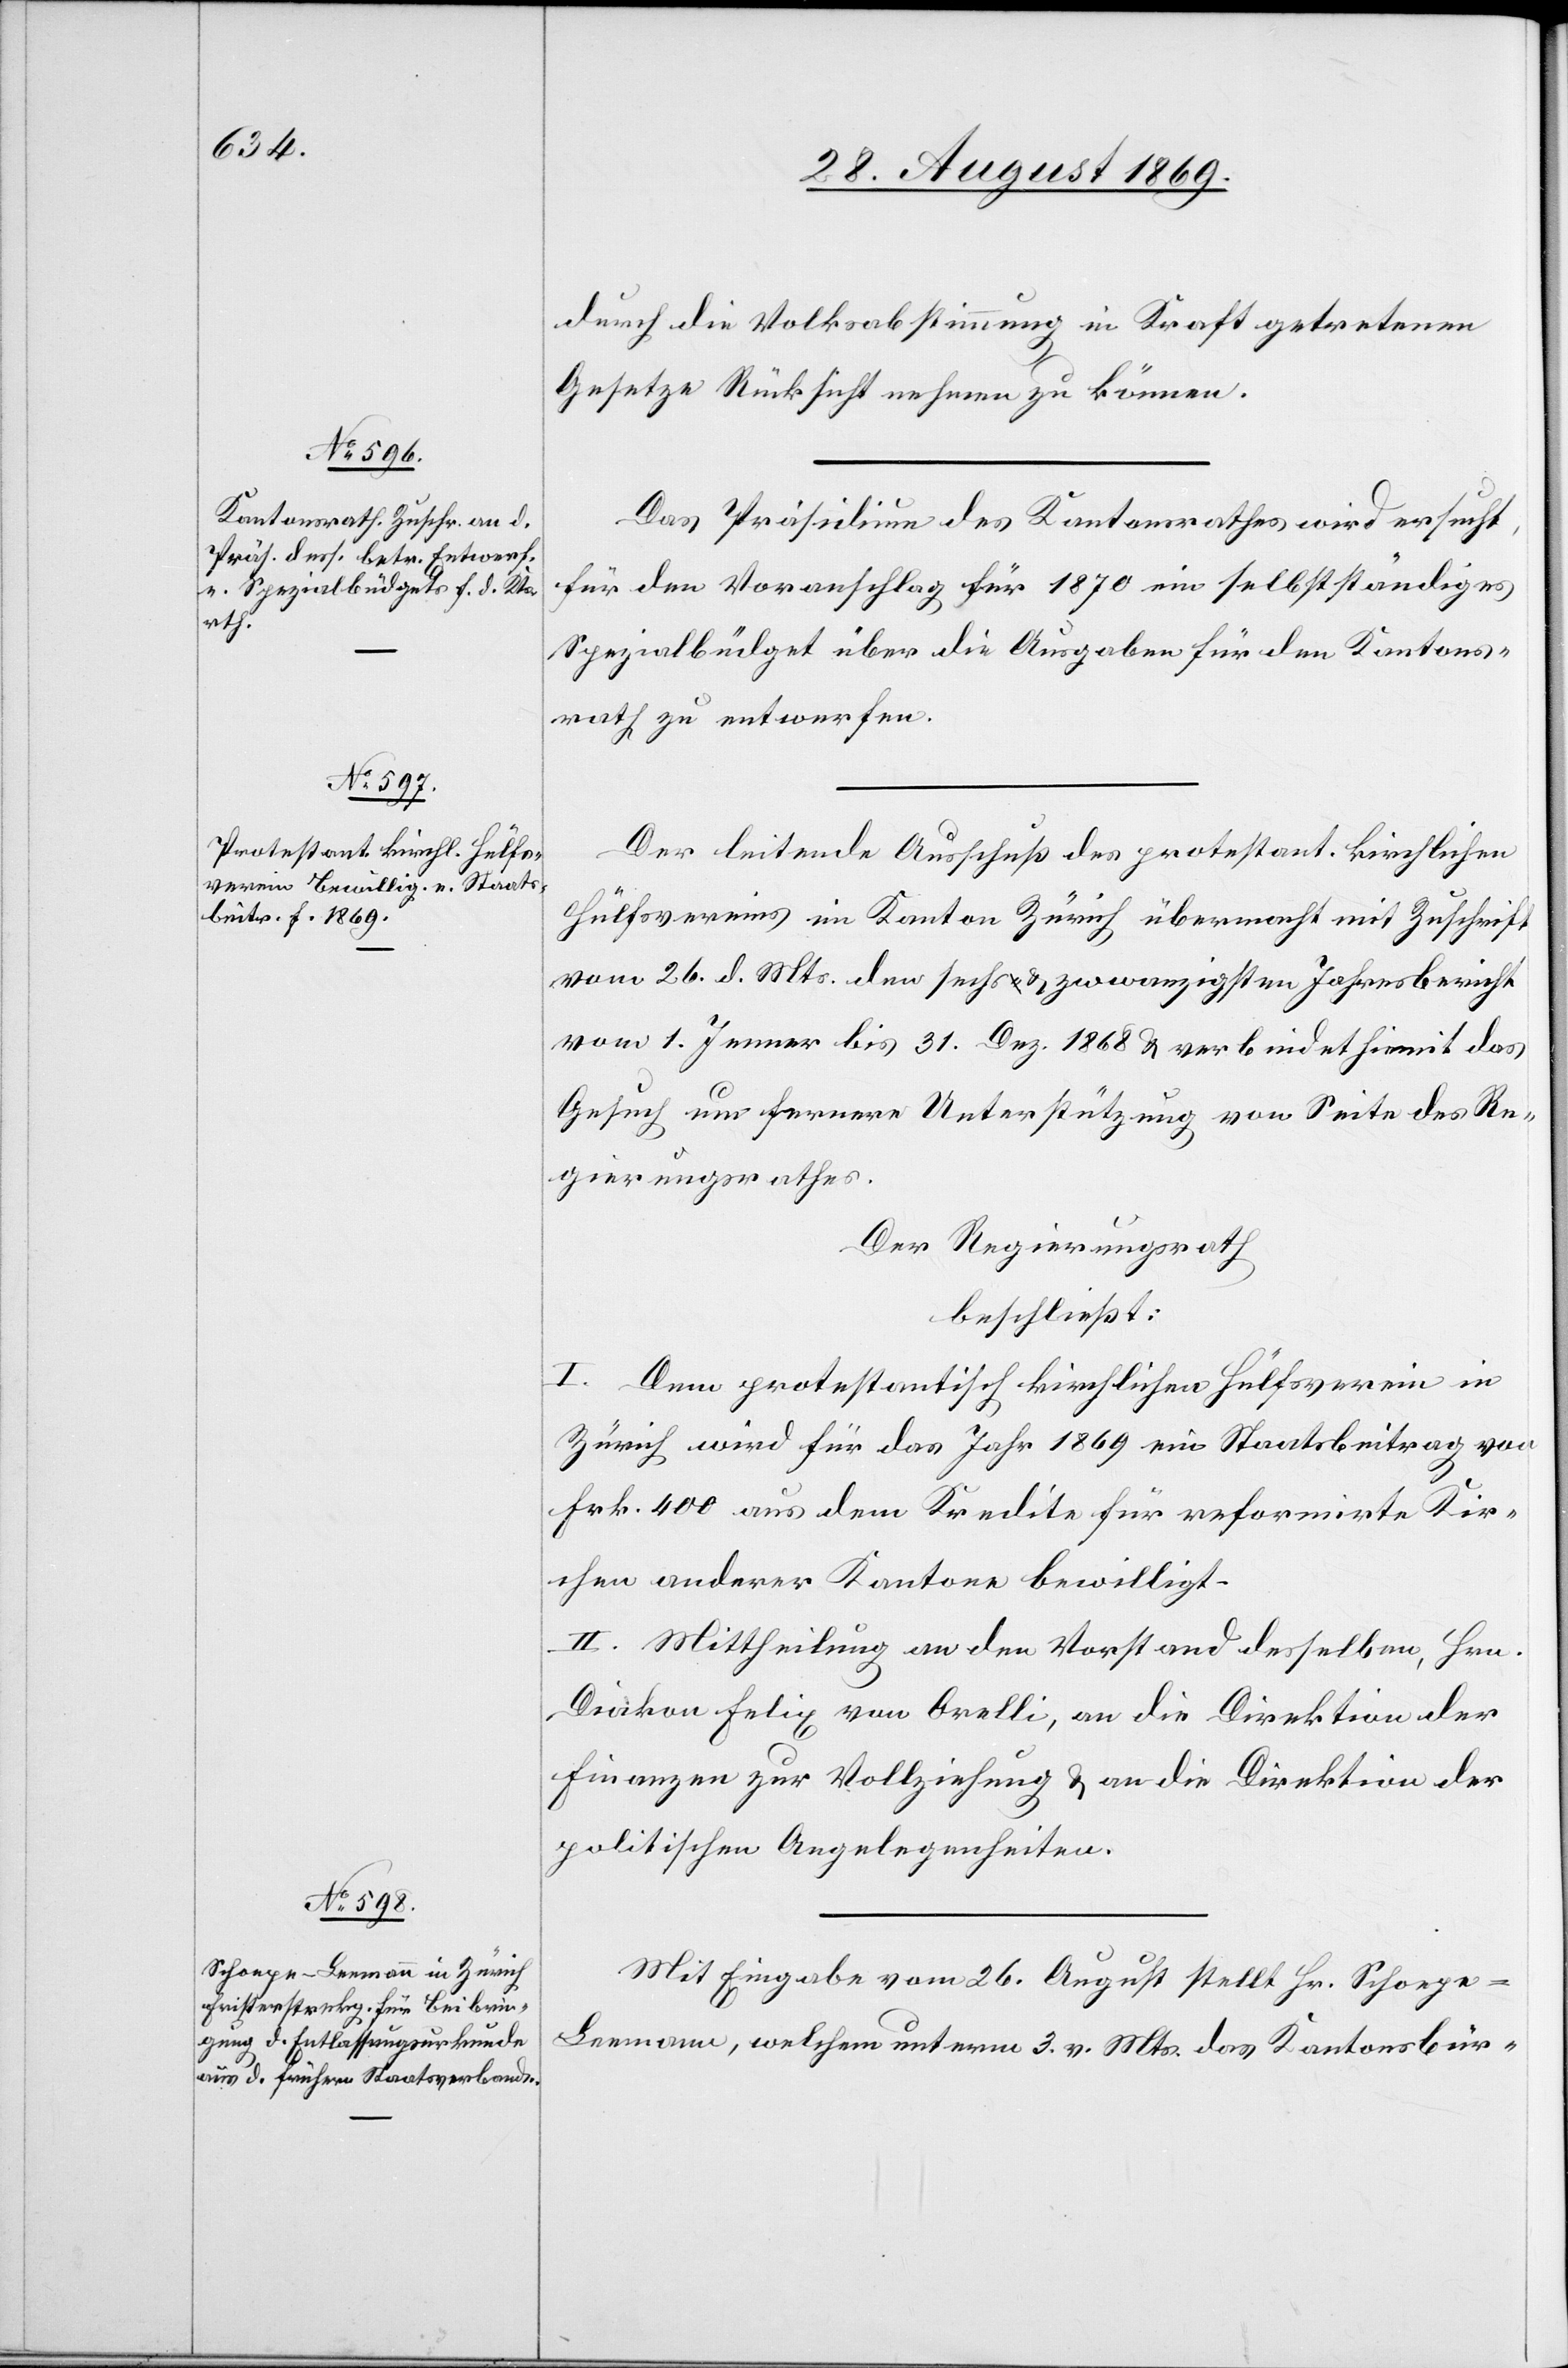
durch die Volksabstimmung in Kraft getretenen
Gesetze Rücksicht nehmen zu können.
Das Präsidium des Kantonsrathes wird ersucht,
für den Voranschlag für 1870 ein selbstständiges
Spezialbüdget über die Ausgaben für den Kantons¬
rath zu entwerfen.
Der leitende Ausschuß des protestant. kirchlichen
Hülfsvereins im Kanton Zürich übermacht mit Zuschrift
vom 26. d. Mts. den sechs & zwanzigsten Jahresbericht
vom 1. Jenner bis 31. Dez. 1868 & verbindet hiemit das
Gesuch um fernere Unterstützung von Seite des Re¬
gierungsrathes.
Der Regierungsrath
beschließt:
I. Dem protestantisch kirchlichen Hülfsverein in
Zürich wird für das Jahr 1869 ein Staatsbeitrag von
Frk. 400 aus dem Kredite für reformirte Kir¬
chen anderer Kantone bewilligt.
II. Mittheilung an den Vorstand desselben, Hrn.
Diakon Felix von Orelli, an die Direktion der
Finanzen zur Vollziehung & an die Direktion der
politischen Angelegenheiten.
Mit Eingabe vom 26. August stellt Hr. Schoep¬
e-Leemann, welchem unterm 3. v. Mts. das Kantonsbür-